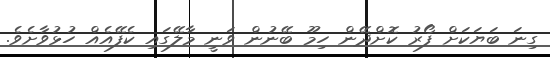
ގިނަ ބަޔަކަށް ފޯރު ކޮށްދޭން ހިމޫ ބޭނުން ވަނީ މާލޭގައި ކެފޭއެއް ހުޅުވާށެވެ.